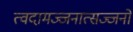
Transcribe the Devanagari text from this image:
त्वदामज्जनात्सज्जनो